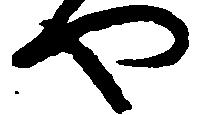
や